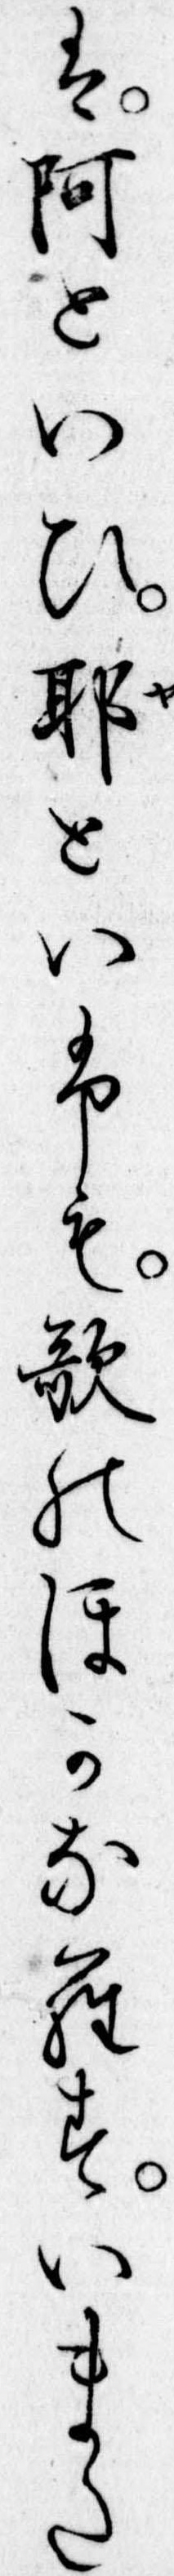
は阿といひ耶といふも歌のほかならすいまた